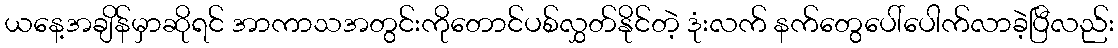
ယနေ့အချိန်မှာဆိုရင် အာကာသအတွင်းကိုတောင်ပစ်လွှတ်နိုင်တဲ့ ဒုံးလက် နက်တွေပေါ်ပေါက်လာခဲ့ပြီလည်း